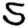
Digit: 5